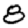
Digit: 8